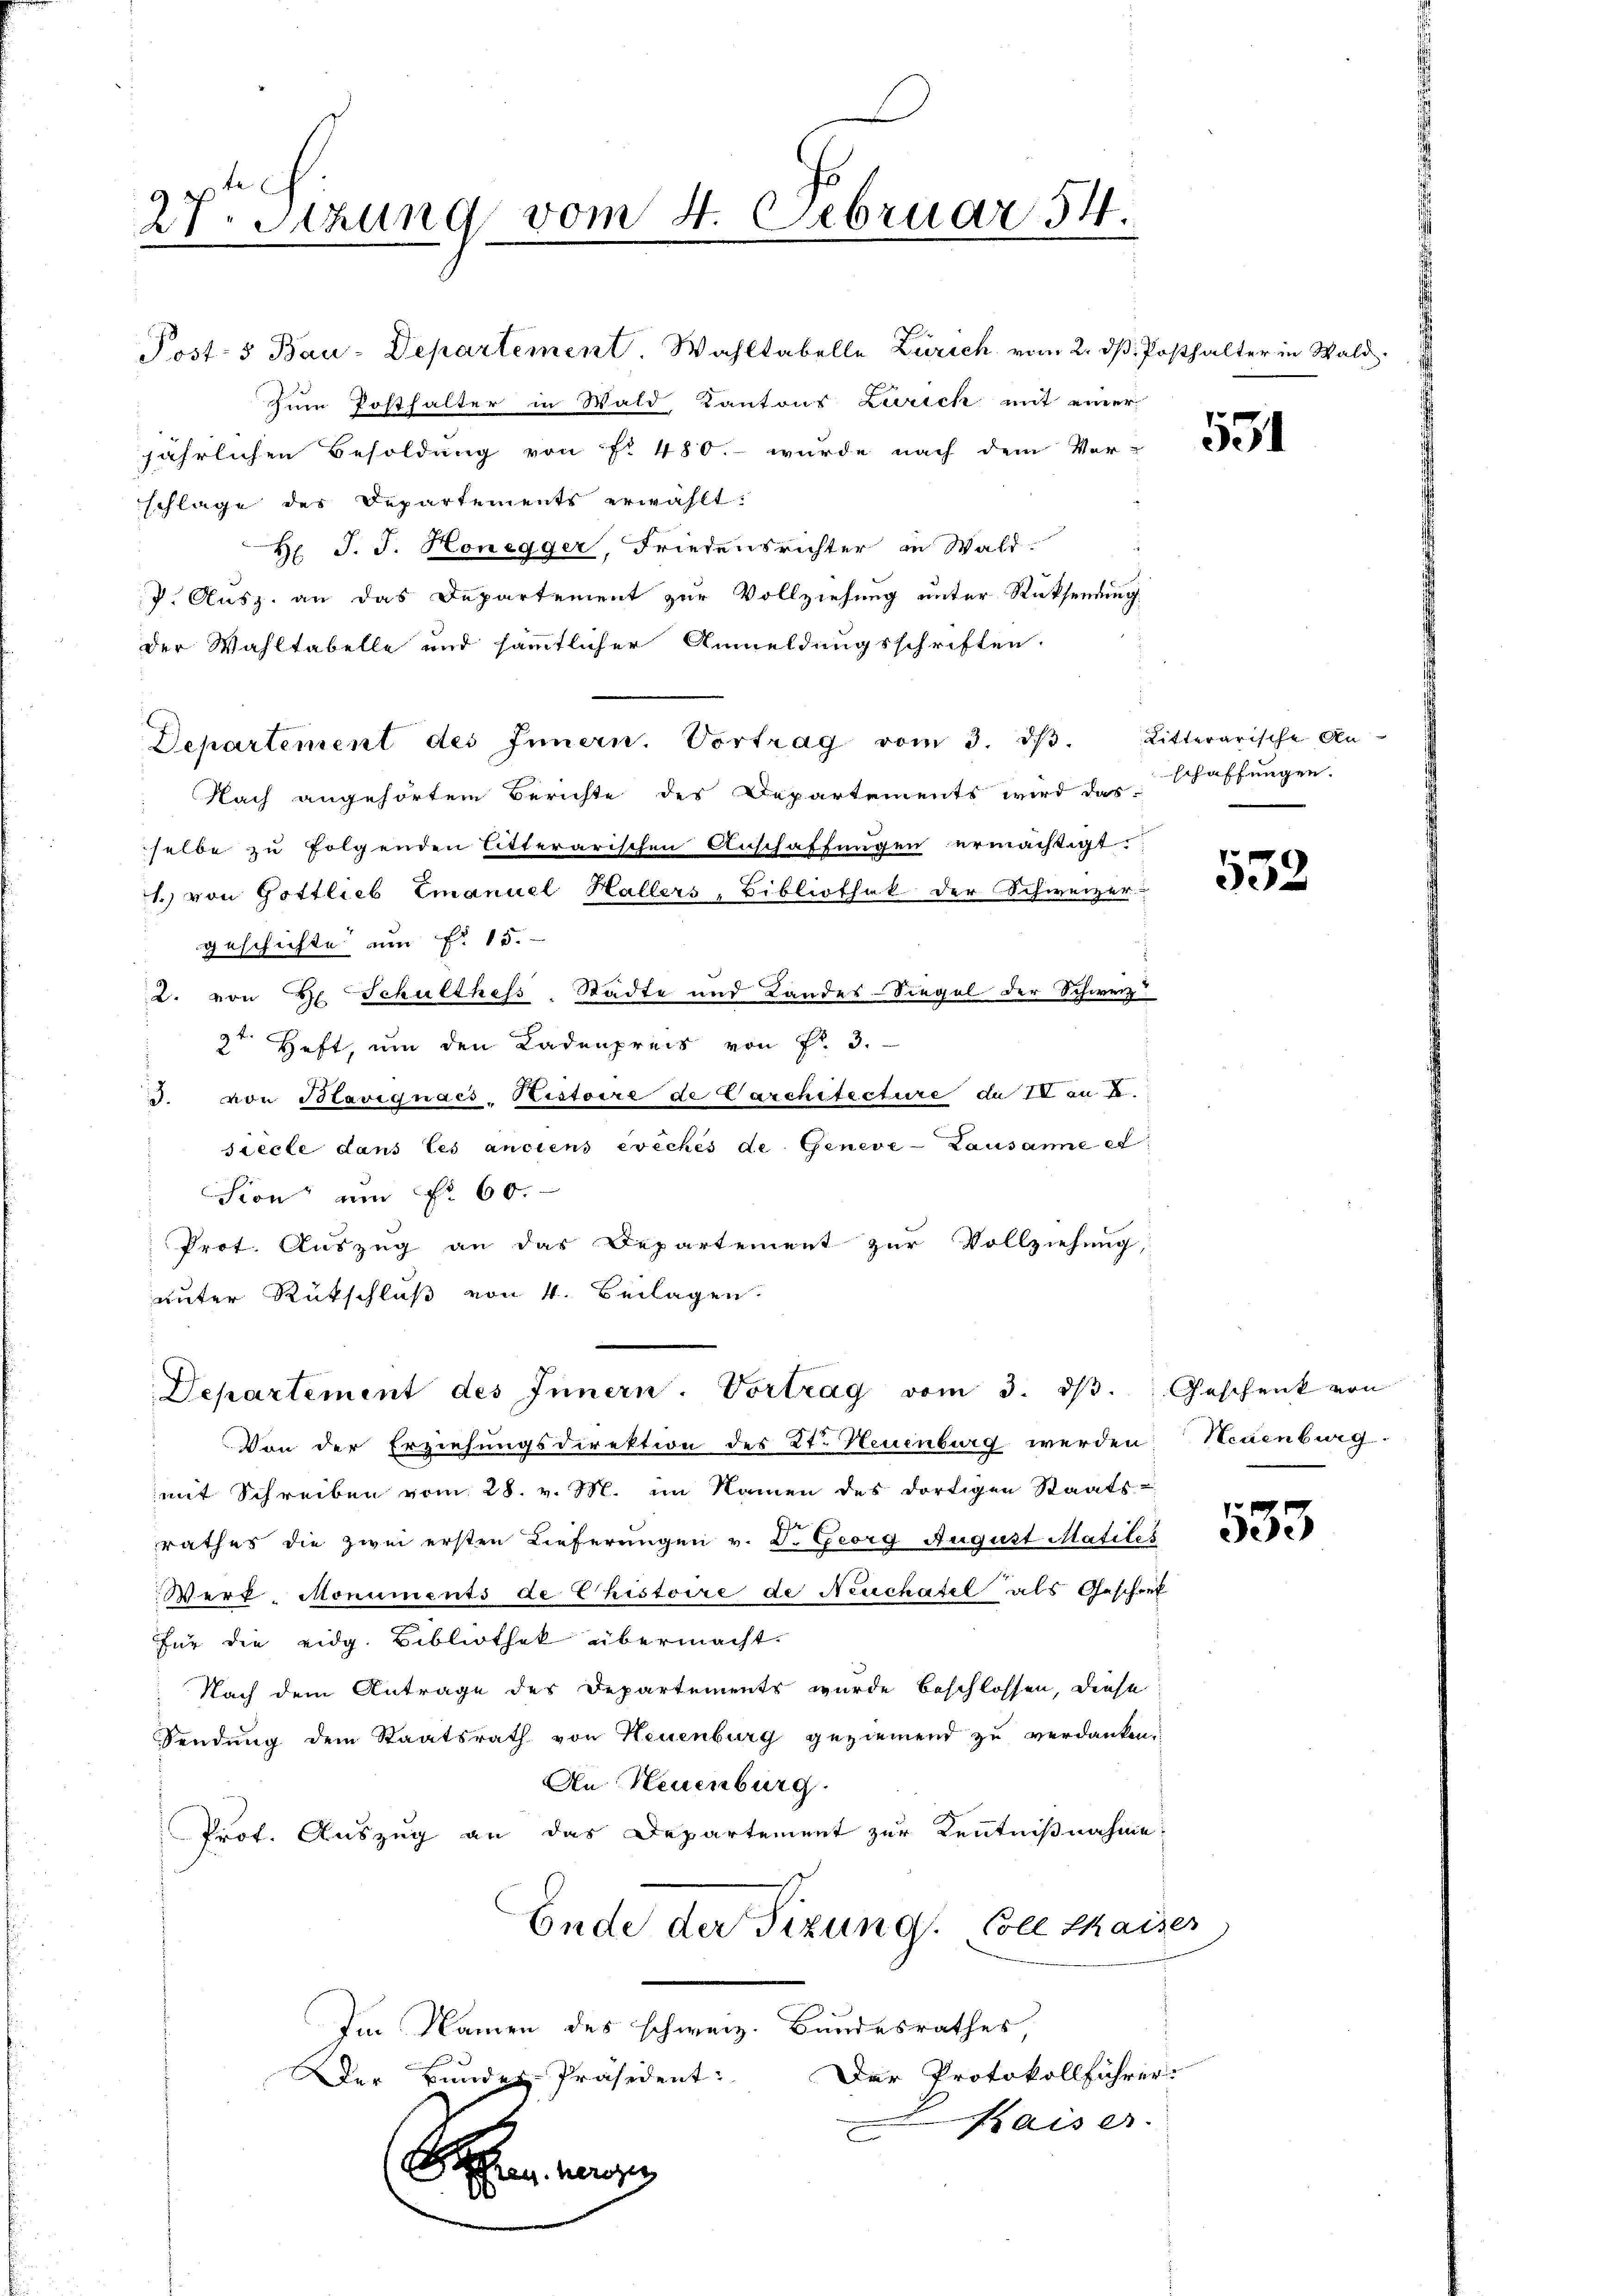
27. Sitzung vom 4. Februar 54.

Post- & Bau-Departement. Wahltabelle Zürich vom 2. dß. Posthalter in Wald¬
Zum Posthalter in Wald Kantons Zürich mit einer
jährlichen Besoldung von fr. 480. - wurde nach dem Ver-
schlage des Departements erwählt:
H J. J. Honegger, Friedensrichter in Wald
P. Ausz. an das Departement zur Vollziehung unter Rücksendung
der Wahltabelle und sämmtlicher Anmeldungsschriften.
Departement des Innern. Vortrag vom 3. dβ.
Nach angehörtem Berichte des Departements wird das Schaffungen.
selbe zu folgenden litterarischen Anschaffungen ermächtigt.
1.) von Gottlieb Emanuel Hallers, Bibliothek der Schweizer
geschichte um P. 15.
2. von H. Schulthess-Städte und Landes-Siegel der Schweiz
2te Heft, um den Ladenpreis von Fr. 3.
d. von Blavignaes-Kistoire de Carchitecture die 70 an k
siecte dans les anciens évêchés de Geneve-Lausanne et
Sion am f. 60.
Prot. Auszug an das Departement zur Vollziehung,
unter Rückschluß von 4. Beilagen.

Departement des Innern. Vortrag vom 3. dβ. Geschenk von

Von der Erziehungsdirektion des 2t. Neuenburg werden Neuenburg.
mit Schreiben vom 28. v. M. im Namen des dortigen Staats-
rathes die zwei ersten Lieferungen v. D. Georg August Matiles
Werf-Monuments de histoire de Neuchatel als Geschret
für die eidg. Bibliothek übermacht.
Nach dem Antrage des Departements wurde beschlossen, diese
Sendung dem Staatsrath von Neuenburg geziemend zu verdanken.
An Neuenburg.
Prot. Auszug an das Departement zur Kenntnißnahme
Ende der Sizung. Soll Maiser
Im Namen des schweiz. Bundesrathes
Der Protokollführer.
Der Bundes-Präsident:
Kaiser.
e

551

Litterarische An

552

533